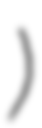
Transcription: गर्व)